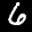
Label: 6